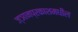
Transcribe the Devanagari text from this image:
ज्ञानप्रकाशमधील